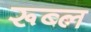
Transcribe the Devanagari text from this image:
रूब्ल